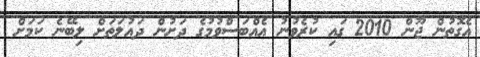
އެގޮތުން ޖޫން 2010 ގައި ކުރެވުނު އެއްބަސްވުމުގެ ދަށުން ދައުލަތަށް ލިބޭނެ ކަމަށް